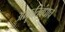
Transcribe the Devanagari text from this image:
आकॄतिबंधाचे